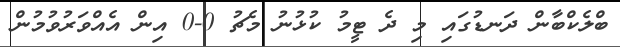
ބްލެކްބާން ދަނޑުގައި މި ދެ ޓީމު ކުޅުނު މެޗު 0-0 އިން އެއްވަރުވުމުން